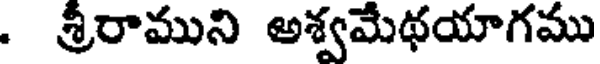
. శ్రీరాముని అశ్వమేథయాగము